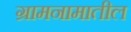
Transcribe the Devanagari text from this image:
ग्रामनामातील